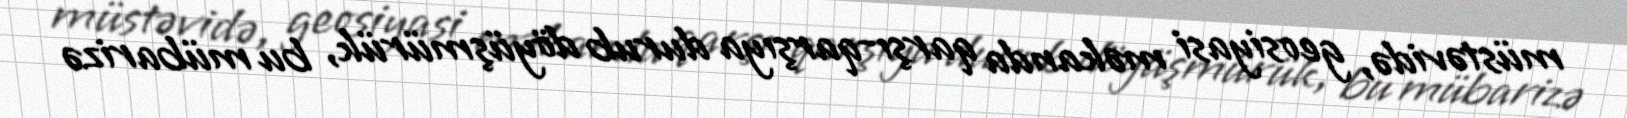
müstəvidə, geosiyasi məkanda qarşı-qarşıya durub döyüşmürük, bu mübarizə